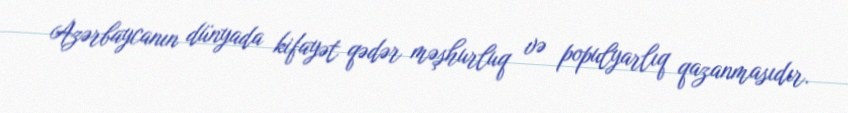
Azərbaycanın dünyada kifayət qədər məşhurluq və populyarlıq qazanmasıdır.